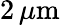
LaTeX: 2\, \mu\mathrm m